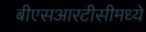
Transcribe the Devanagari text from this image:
बीएसआरटीसीमध्ये